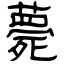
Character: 薨